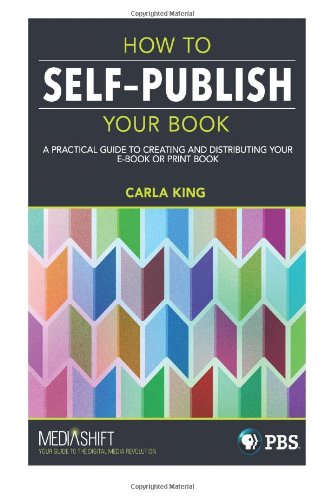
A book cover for How to Self-Publish Your Book: A practical guide to creating and distributing your e-book or print book; Carla King; Computers & Technology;